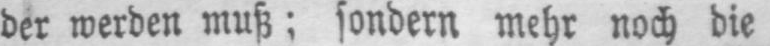
der werden muß; sondern mehr noch die